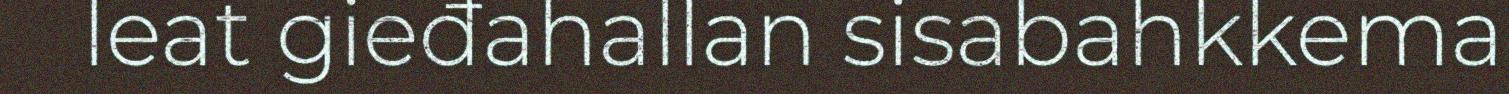
leat gieđahallan sisabahkkema